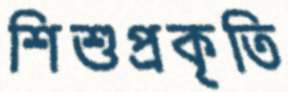
শিশুপ্রকৃতি